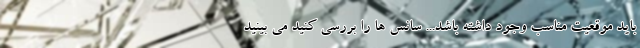
باید موقعیت مناسب وجود داشته باشد... سانس ها را بررسی کنید می بینید